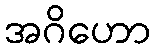
အဂိဟော